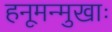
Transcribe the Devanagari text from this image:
हनूमन्मुखाः